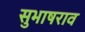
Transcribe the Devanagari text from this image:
सुभाषराव